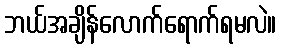
ဘယ်အချိန်လောက်ရောက်ရမလဲ။